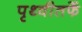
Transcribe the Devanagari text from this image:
पृथ्वीतर्फे